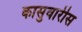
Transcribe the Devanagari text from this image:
कासुवारीस